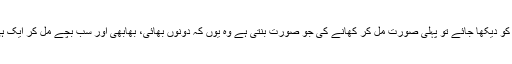
اب بھائی کے گھر میں بھابھی ہوتی ہے اور بچے، اب مل کر کھاؤ یا الگ الگ کو دیکھا جائے تو پہلی صورت مل کر کھانے کی جو صورت بنتی ہے وہ یوں کہ دونوں بھائی، بھابھی اور سب بچے مل کر ایک ہی جگہ بیٹھ کر کھانا کھائیں، یہ صورت حال بھی بالکل جائز اور قابل قبول ہے۔